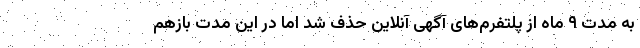
به مدت ۹ ماه از پلتفرم‌های آگهی آنلاین حذف شد اما در این مدت بازهم